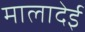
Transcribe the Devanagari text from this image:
मालादेई